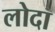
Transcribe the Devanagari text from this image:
लोदा